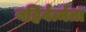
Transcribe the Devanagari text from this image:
बहिर्वर्त्मता